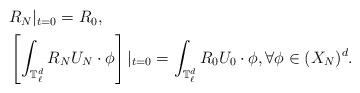
LaTeX: \begin{align*} \begin{aligned}& R_N|_{t=0} = R_0, \\& \left[\int_{\mathbb T^d_{\ell}} R_NU_N \cdot \phi\right]|_{t=0} = \int_{\mathbb T^d_{\ell}} R_0U_0 \cdot \phi ,\forall \phi \in (X_N)^d.\end{aligned}\end{align*}